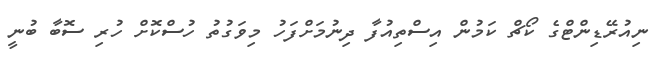
ނިއުރޭޑިންޓްގެ ކޯޗް ކަމުން އިސްތިއުފާ ދިނުމަށްފަހު މިވަގުތު ހުސްކޮށް ހުރި ސޮބާ ބުނީ